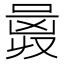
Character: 𠷛